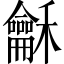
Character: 龢